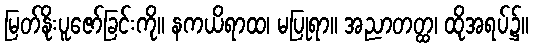
မြတ်နိုးပူဇော်ခြင်းကို။ နကယိရာထ၊ မပြုရာ။ အညာတတ္ထ၊ ထိုအရပ်၌။